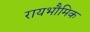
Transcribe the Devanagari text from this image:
रायभौमिक